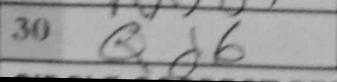
Transcription: Qd6